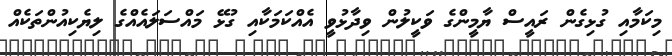
މިކަމާއި ގުޅިގެން ރައީސް ޔާމީންގެ ވަކީލުން ވިދާޅުވީ އެއްކަމަކާއި ގުޅޭ މައްސަލައެއްގެ ލިޔެކިއުންތަކެއް